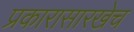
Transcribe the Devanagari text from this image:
प्रकारासारखेच